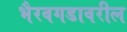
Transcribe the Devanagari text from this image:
भैरवगडावरील